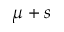
\mu + s